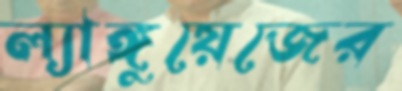
ল্যাঙ্গুয়েজের